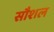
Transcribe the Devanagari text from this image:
सौशल